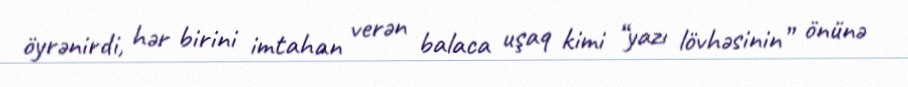
öyrənirdi, hər birini imtahan verən balaca uşaq kimi “yazı lövhəsinin” önünə